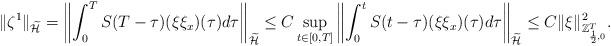
LaTeX: \begin{align*} \|\zeta^1\|_{\widetilde{\mathcal{H}}}=\left\|\int_{0}^{T}S(T-\tau)(\xi\xi_x)(\tau)d\tau\right\|_{\widetilde{\mathcal{H}}} \leq C \sup_{t\in[0,T]}\left\|\int_{0}^{t}S(t-\tau)(\xi\xi_x)(\tau)d\tau\right\|_{\widetilde{\mathcal{H}}} \leq C\|\xi\|_{\mathbb{Z}_{\frac{1}{2},0}^T}^{2}. \end{align*}